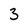
Character: 3